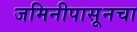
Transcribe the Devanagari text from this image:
जमिनीपासूनचा